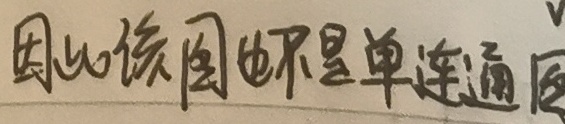
因此该图也不是单连通图